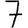
Digit: 7